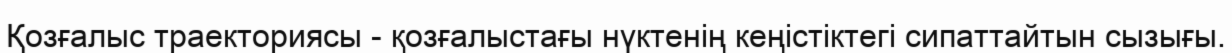
Қозғалыс траекториясы - қозғалыстағы нүктенің кеңістіктегі сипаттайтын сызығы.